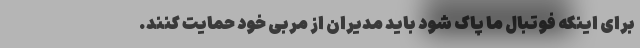
برای اینکه فوتبال ما پاک شود باید مدیران از مربی خود حمایت کنند.